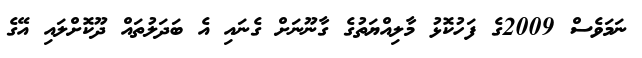
ނަމަވެސް 2009ގެ ފަހުކޮޅު މާލިއްޔަތުގެ ގާނޫނަށް ގެނައި އެ ބަދަލުތައް ދޫކޮށްލައި އޭގެ